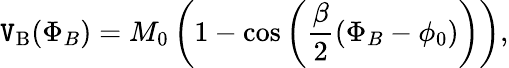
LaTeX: \mathtt{V}_{\mathrm{{B}}}(\Phi_{B})=M_{0}\left(1-\cos\left(\frac{{\beta}}{{2}}(\Phi_{B}-\phi_{0})\right)\right),